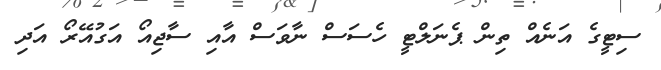
ސިޓީގެ އަނެއް ތިން ޕެނަލްޓީ ހެސަސް ނާވަސް އާއި ސާޖިއޯ އަގުއޭރޯ އަދި